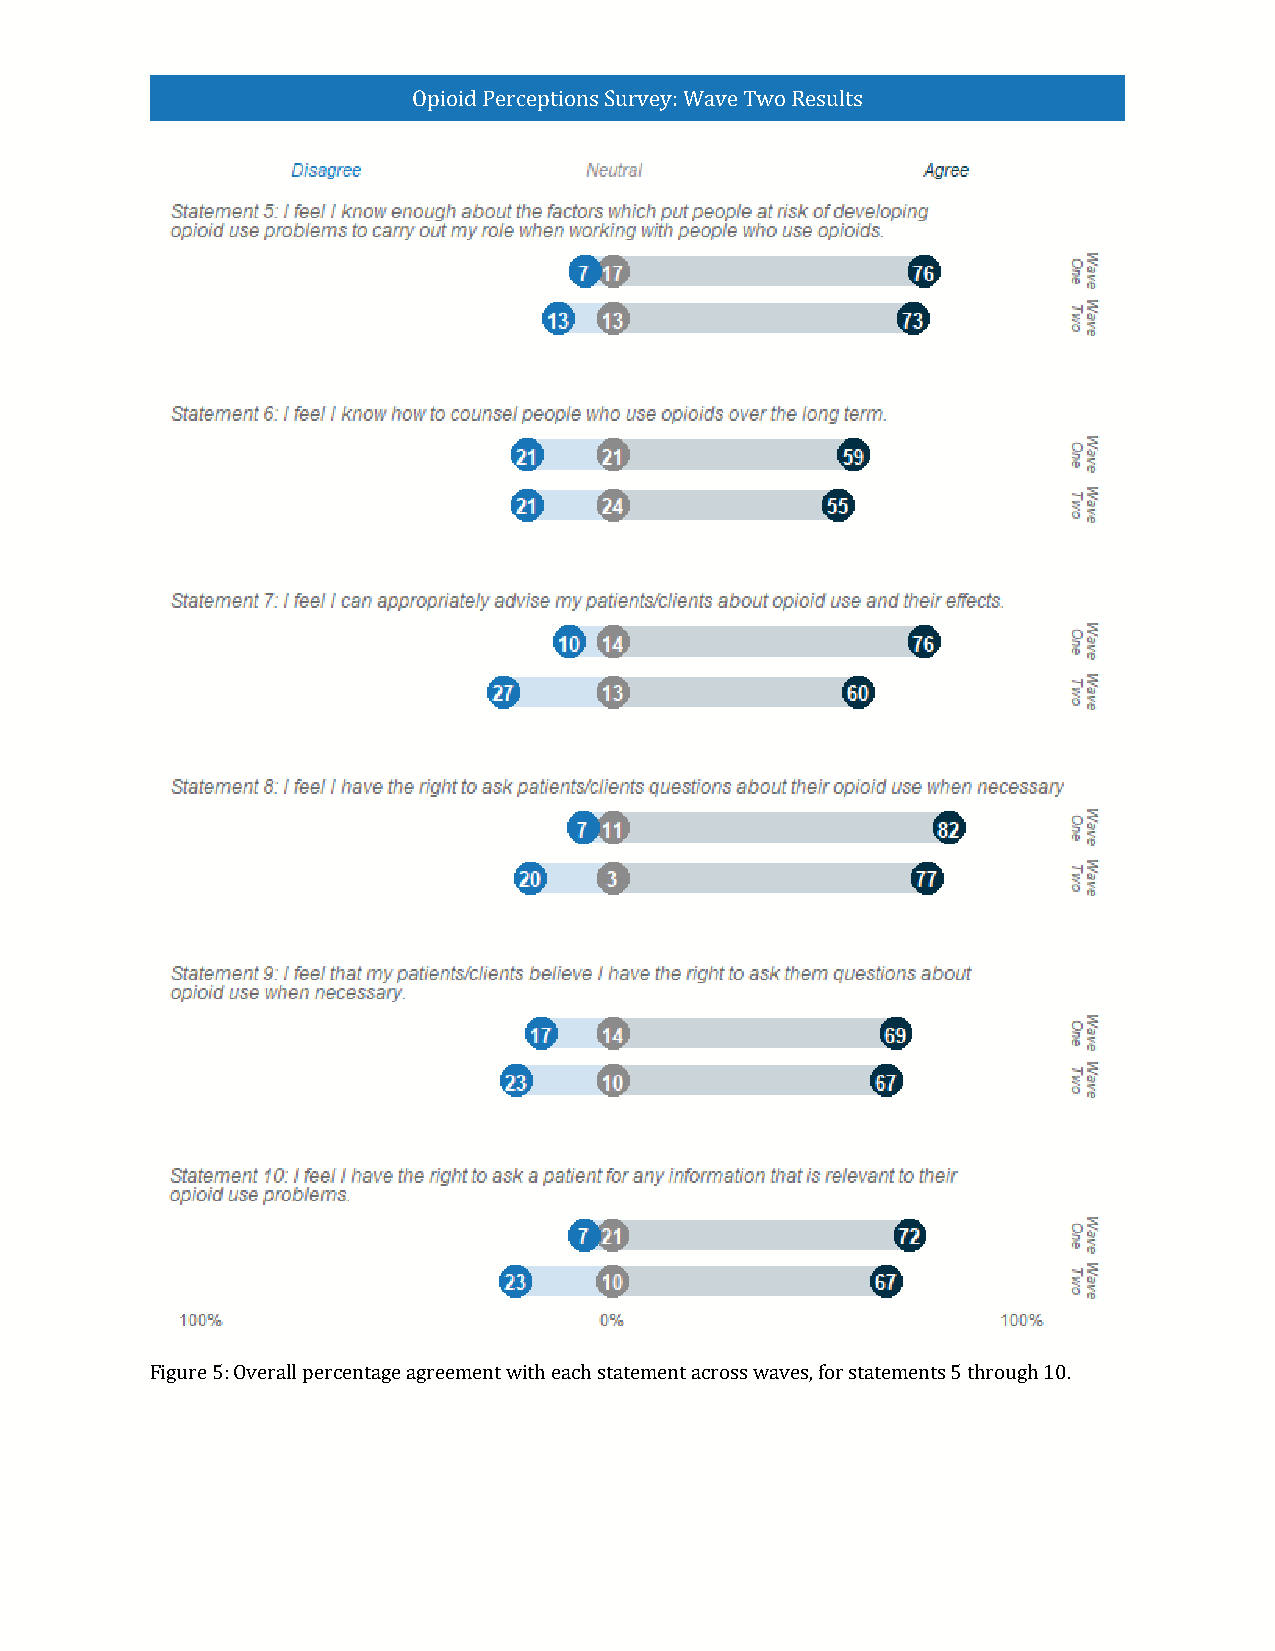
Opioid Perceptions Survey: Wave Two Results
 Figure 5: Overall percentage agreement with each statement across waves, for statements 5 through 10.